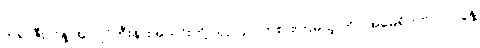
ဘရာဇီးလ်နဲ့ အာဂျင်တီးနားအသင်းတို့ ယှဉ်ပြိုင် ကစားကြမယ့် ကိုပါအမေရိကဗိုလ်လုပွဲနဲ့